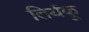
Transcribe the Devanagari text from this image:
तिर्यकू